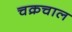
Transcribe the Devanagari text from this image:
चक्रचाल